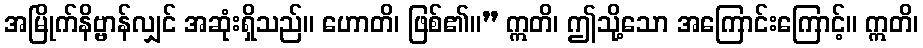
အမြိုက်နိဗ္ဗာန်လျှင် အဆုံးရှိသည်။ ဟောတိ၊ ဖြစ်၏။” ဣတိ၊ ဤသို့သော အကြောင်းကြောင့်။ ဣတိ၊